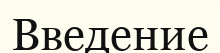
Введение